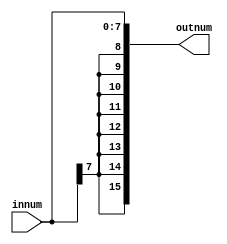
module SignExtension(
	input [7:0] innum ,
	output [15:0] outnum
);

	assign outnum = {{8{innum[7]}} , innum[7:0]};

endmodule